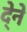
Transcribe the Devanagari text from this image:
दे्ने